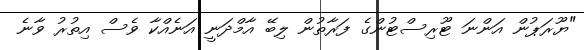
"ޔޫރަޕުން އަންނަ ޓޫރިސްޓުންގެ ފަރާތުން ލިބޭ އާމްދަނީ އަނެއްކާ ވެސް އިތުރު ވާނެ